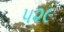
૫૨૯